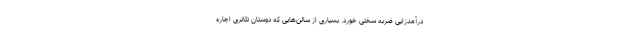
درآمدزایی ضربه سختی خورد. بسیاری از سالن‌هایی که دوستان تئاتری اجاره